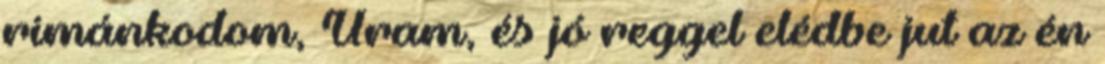
rimánkodom, Uram, és jó reggel elédbe jut az én